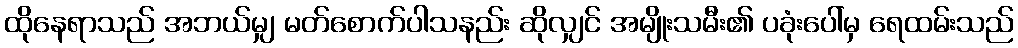
ထိုနေရာသည် အဘယ်မျှ မတ်စောက်ပါသနည်း ဆိုလျှင် အမျိုးသမီး၏ ပခုံးပေါ်မှ ရေထမ်းသည်